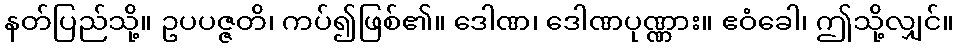
နတ်ပြည်သို့။ ဥပပဇ္ဇတိ၊ ကပ်၍ဖြစ်၏။ ဒေါဏ၊ ဒေါဏပုဏ္ဏား။ ဧဝံခေါ၊ ဤသို့လျှင်။